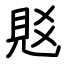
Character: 覐